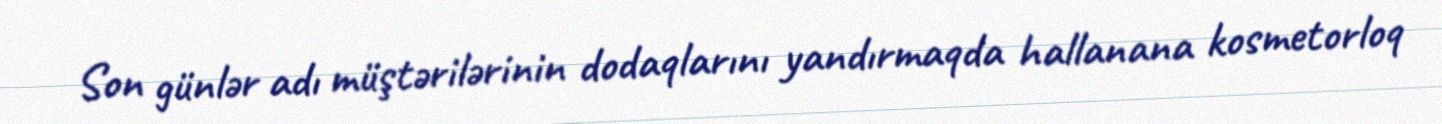
Son günlər adı müştərilərinin dodaqlarını yandırmaqda hallanana kosmetorloq